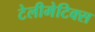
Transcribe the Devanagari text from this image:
टेलीमेटिक्स